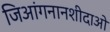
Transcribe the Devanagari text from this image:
जिआंगनानशीदाओ